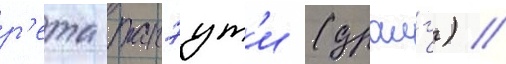
р'ета такэут'и (драиг) //